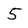
Character: 5